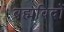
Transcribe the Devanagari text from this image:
ब्रह्मविदों